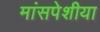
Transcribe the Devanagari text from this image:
मांसपेशीया